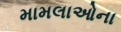
મામલાઓના